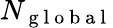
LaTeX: N_{\mathrm{~g~l~o~b~a~l~}}